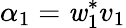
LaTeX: \alpha_{1}=\mathit{w}_{1}^{*}v_{1}